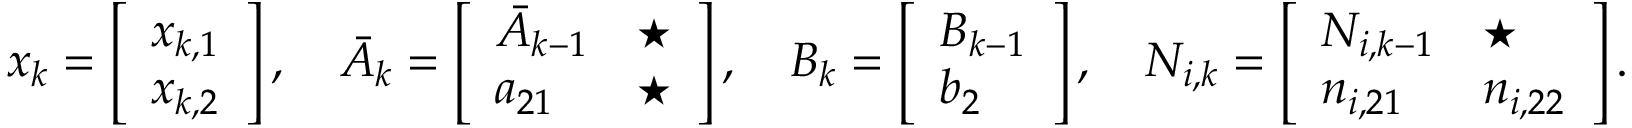
\begin{array} { r } { x _ { k } = \left[ \begin{array} { l } { x _ { k , 1 } } \\ { x _ { k , 2 } } \end{array} \right] , \quad \bar { A } _ { k } = \left[ \begin{array} { l l } { { \bar { A } } _ { k - 1 } } & { \star } \\ { { a } _ { 2 1 } } & { \star } \end{array} \right] , \quad B _ { k } = \left[ \begin{array} { l } { { B } _ { k - 1 } } \\ { { b } _ { 2 } } \end{array} \right] , \quad N _ { i , k } = \left[ \begin{array} { l l } { { N } _ { i , k - 1 } } & { \star } \\ { { n } _ { i , 2 1 } } & { { n } _ { i , 2 2 } } \end{array} \right] . } \end{array}